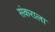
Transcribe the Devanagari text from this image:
संकराला